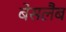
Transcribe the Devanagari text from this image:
बेसलैब